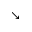
\searrow